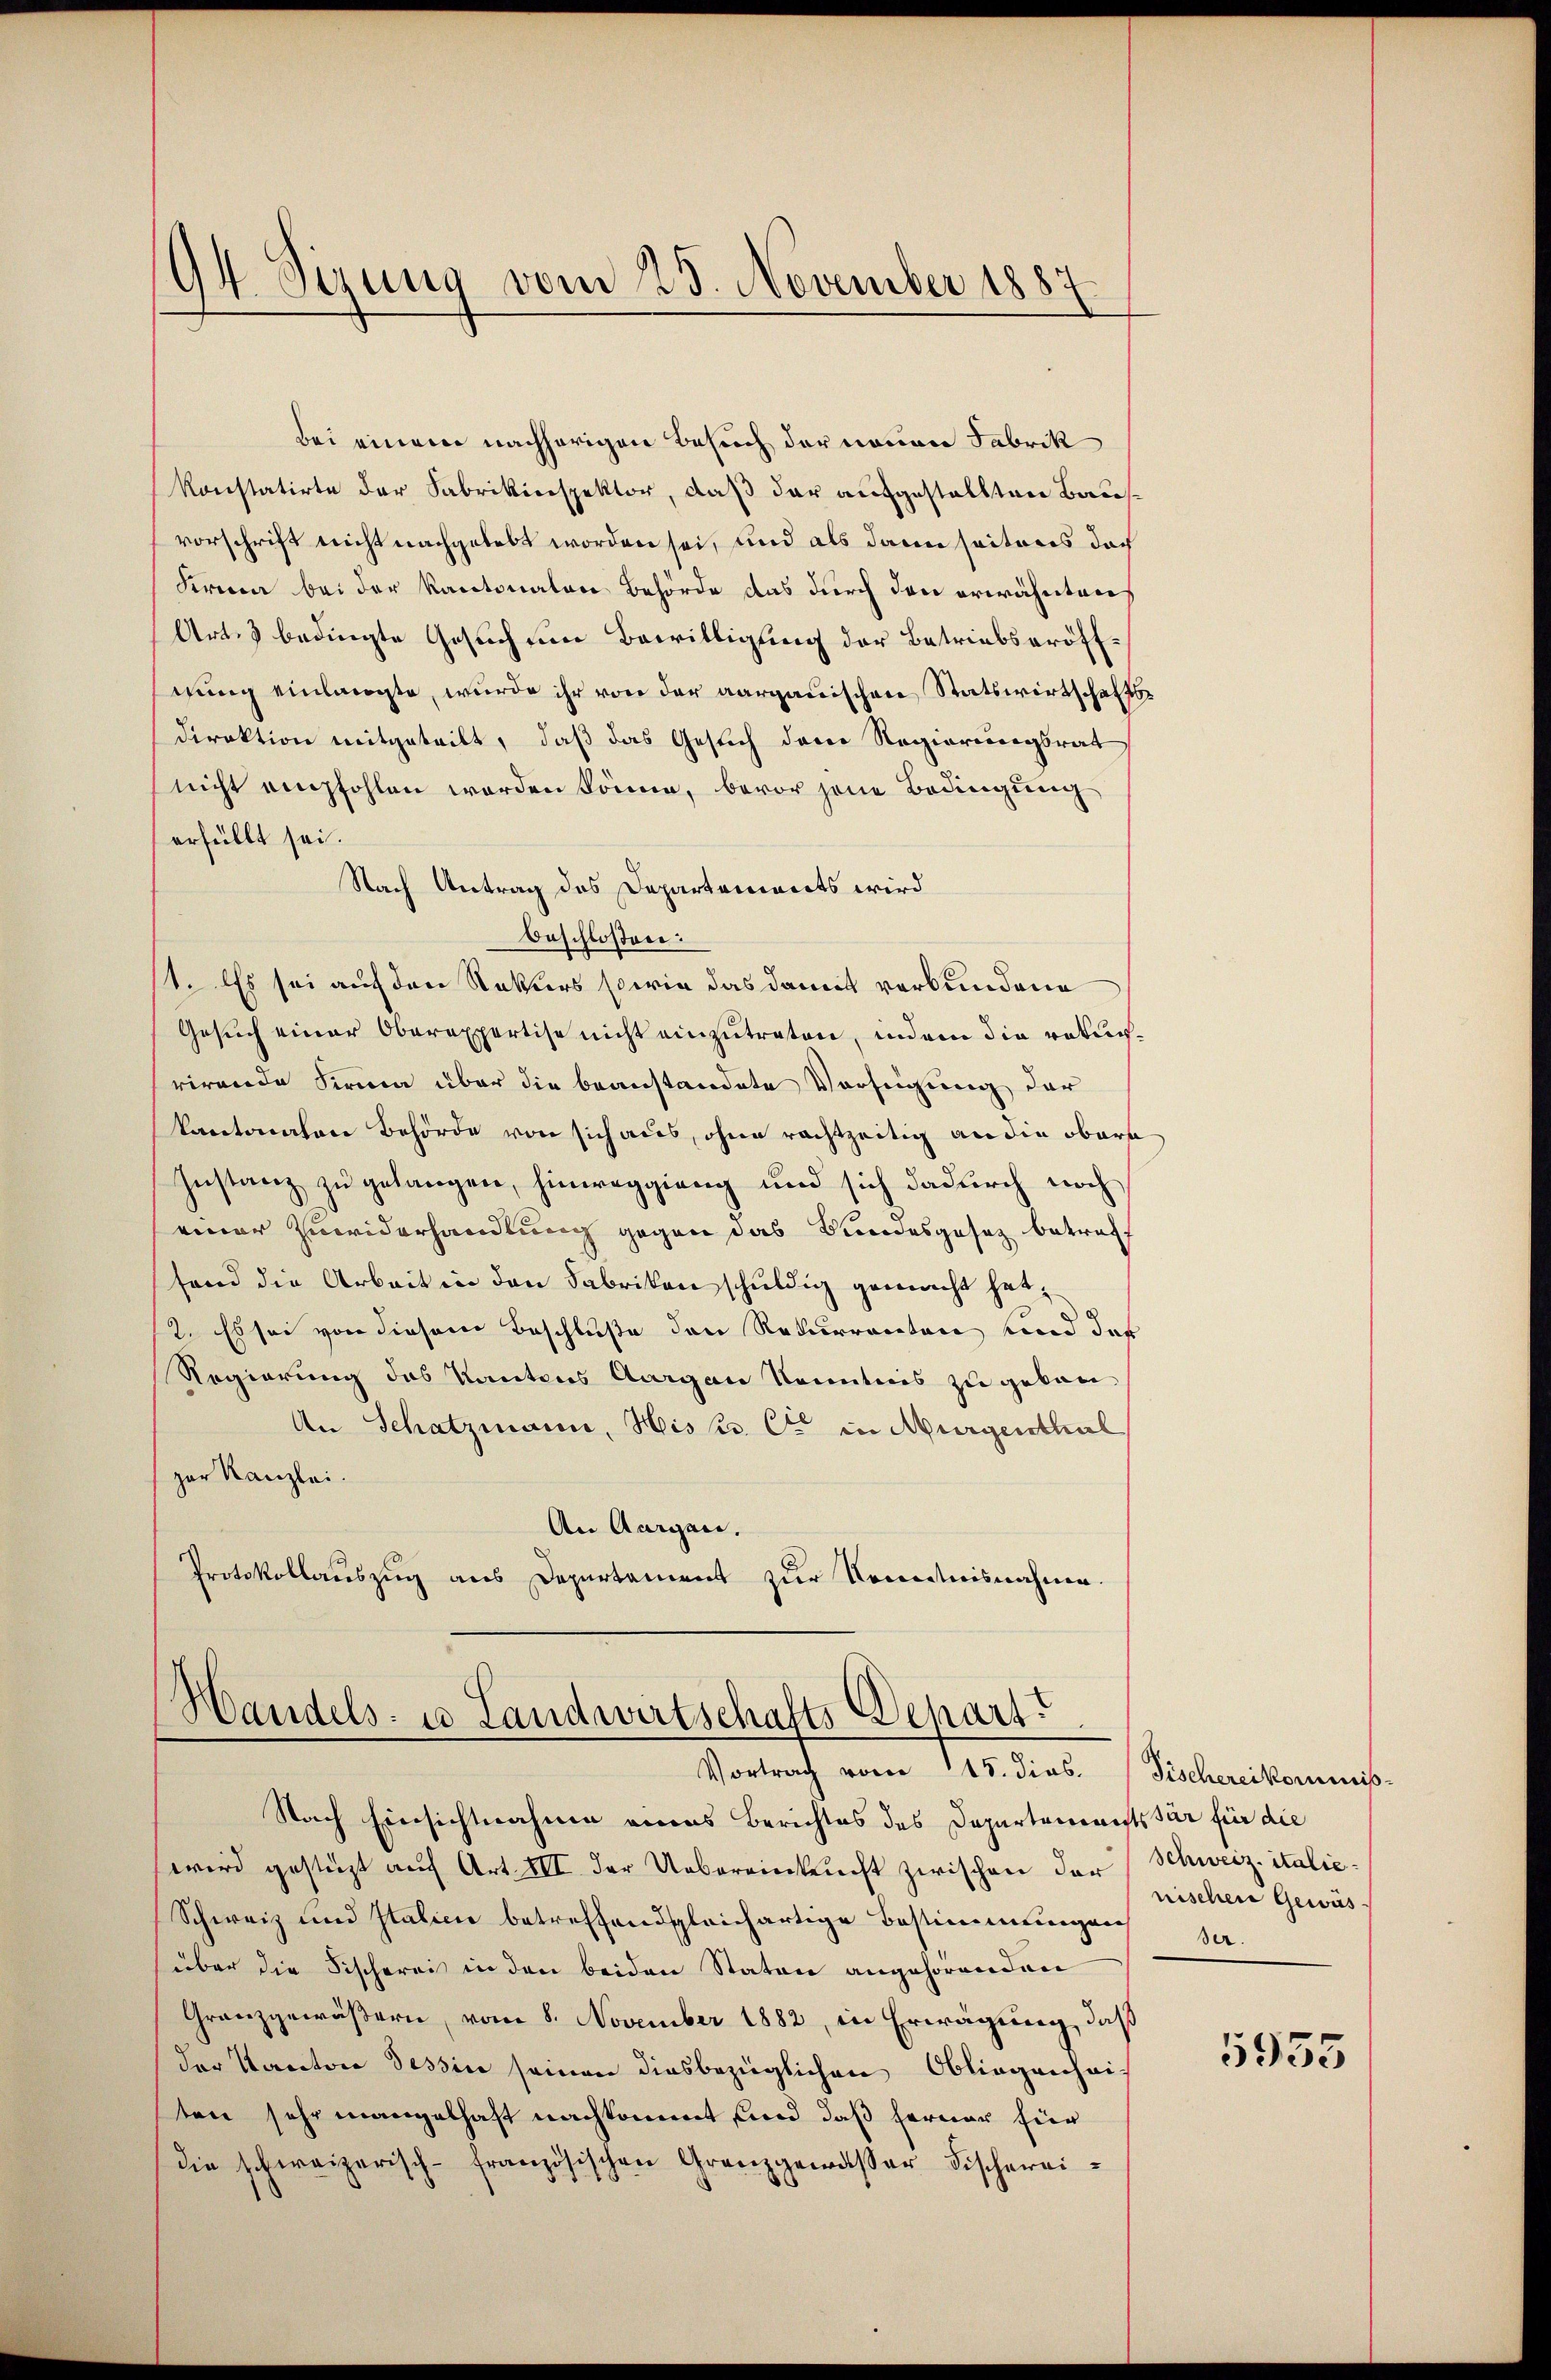
94. Sizung vom 25. November 1887

Bei einem nachherigen Besuch der neuen Fabrik
konstatirte der Fabrikinspektor, daß der aufgestellten Bauvorschrift nicht nachgelebt worden sei, und als dann seiteres das
Kreen bei der Kantonalen Behörde das durch den erwähntens
Art. 3 bedingte Gesuch um Bewilligung der Betriebseröffdung einlangte, wurde ihr von der aargauischen Statswirtschaftsdirektion mitgeteilt, daß das Gesuch den Regierungsrat
nicht empfohlen worden könne, bevor jene Bedingung
erfüllt sei.
Nach Antrag des Departonierts wird
beschlossen:
st. Es sei auf den Rekurs sowie das damit verbundene
Gesuch einer Oberexpertise nicht einzutreten, indem die rekurrirende Sirma über die beanstandete Verfügung der
kantonalen Behörde von sich aus, ohne rachtzeitig an die obere
Instanz zu gelangen, hinweggieng und sich dadurch noch
einer Zuwiderhandlung gegen das Bundesgesetz betreff
fend die Arbeit in den Fabriken schuldig gemacht hat,
2. Es sei von diesem Beschluße den Rekurrector und der
Regierung des Kantons Aargau Kenntnis zu gekan¬
An Schatzmann, Hist. C in Murgenthal
zer Kanzlei.
An Aargau.
Protokollauszug aus Departament zur Kenntnisnahmen.

Handels- u Landwirtschafts Depart
Vortrag vom 115. dies.

Nach Einsichtnahme eines Berichtes des Departements für für die
wird gestüzt auf Art. III der Uebereinkricht zwischen der
Schweiz und Italici betreffend gleichartige Bestimmungen sa
über die Fischerei in den beiden Staten angehörenden
Granzgewäßern, vom 8. November 1882, in Erwägung, daß
der Kantore Tessin seinen diesbezüglichen Obliegenheiten sehr mangelhaft nachkommt, und daß ferner für
die schweizerisch-französischen Granzgemesser Fischerei¬

Fischereikommis-
Schweiz. italie
nischen Gewäs-

5955